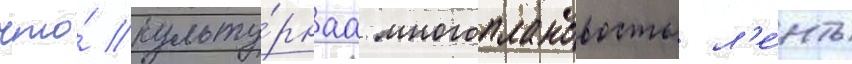
что́ культу́рнаа многоплановость л'е́нты